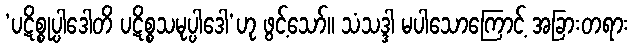
‘ပဋိစ္စုပ္ပါဒေါတိ ပဋိစ္စသမုပ္ပါဒေါ’ဟု ဖွင့်သော်။ သံသဒ္ဒါ မပါသောကြောင့် အခြားတရား